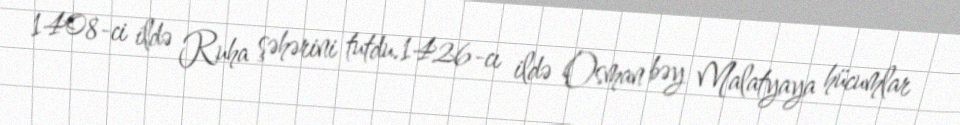
1408-ci ildə Ruha şəhərini tutdu.1426-cı ildə Osman bəy Malatyaya hücumlar